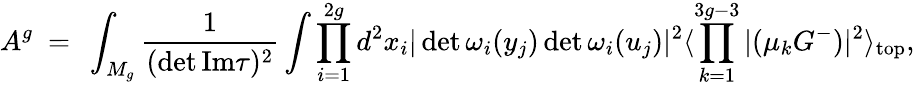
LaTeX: A^{g}~=~\int_{M_{g}}\frac{1}{(\operatorname*{det}\mathrm{Im}\tau)^{2}}\int\prod_{i=1}^{2g}d^{2}x_{i}|\operatorname*{det}{\omega_{i}(y_{j})}\operatorname*{det}{\omega_{i}(u_{j})}|^{2}\langle\prod_{k=1}^{3g-3}|(\mu_{k}G^{-})|^{2}\rangle_{\mathrm{top}},